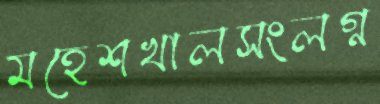
মহেশখালসংলগ্ন